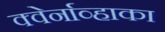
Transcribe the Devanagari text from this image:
क्वेर्नाव्हाका